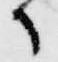
候